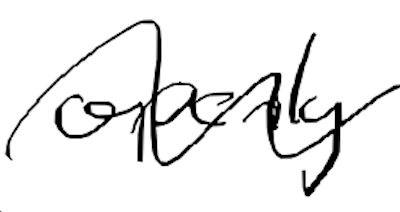
Text: openly
Cross-out: wave
Writing tool: digital_black